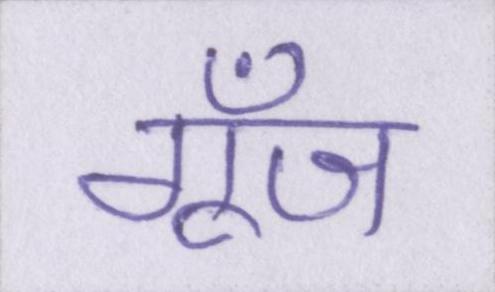
गूँज